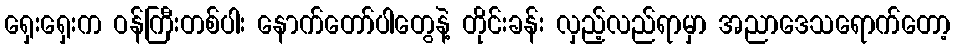
ရှေးရှေးက ဝန်ကြီးတစ်ပါး နောက်တော်ပါတွေနဲ့ တိုင်းခန်း လှည့်လည်ရာမှာ အညာဒေသရောက်တော့